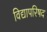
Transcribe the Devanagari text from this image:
विद्यापरिषद